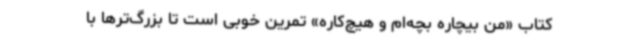
کتاب‌ «من بیچاره بچه‌ام و هیچ‌کاره» تمرین خوبی است تا بزرگ‌ترها با